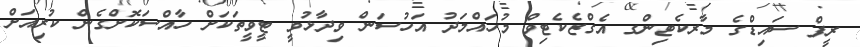
ރީފް ސައިޑްގެ މާރކެޓިންގ އެގްޒެކެޓިވް މުހައްމަދު އަހުސަން ވިދާޅުވީ ޓީވީތަކަށް ހާއްސަކޮށްގެން ކުރިއަށް